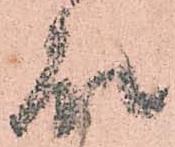
故